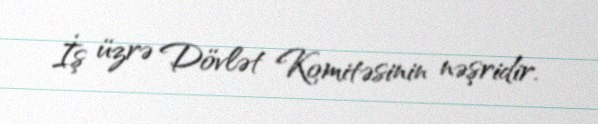
İş üzrə Dövlət Komitəsinin nəşridir.